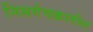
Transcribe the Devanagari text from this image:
निसर्गचक्रातील